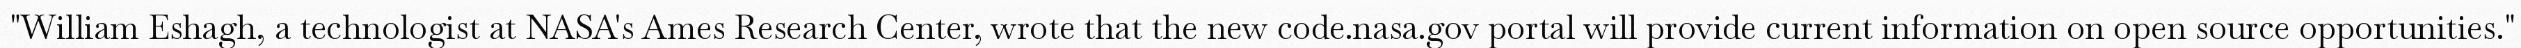
"William Eshagh, a technologist at NASA's Ames Research Center, wrote that the new code.nasa.gov portal will provide current information on open source opportunities."